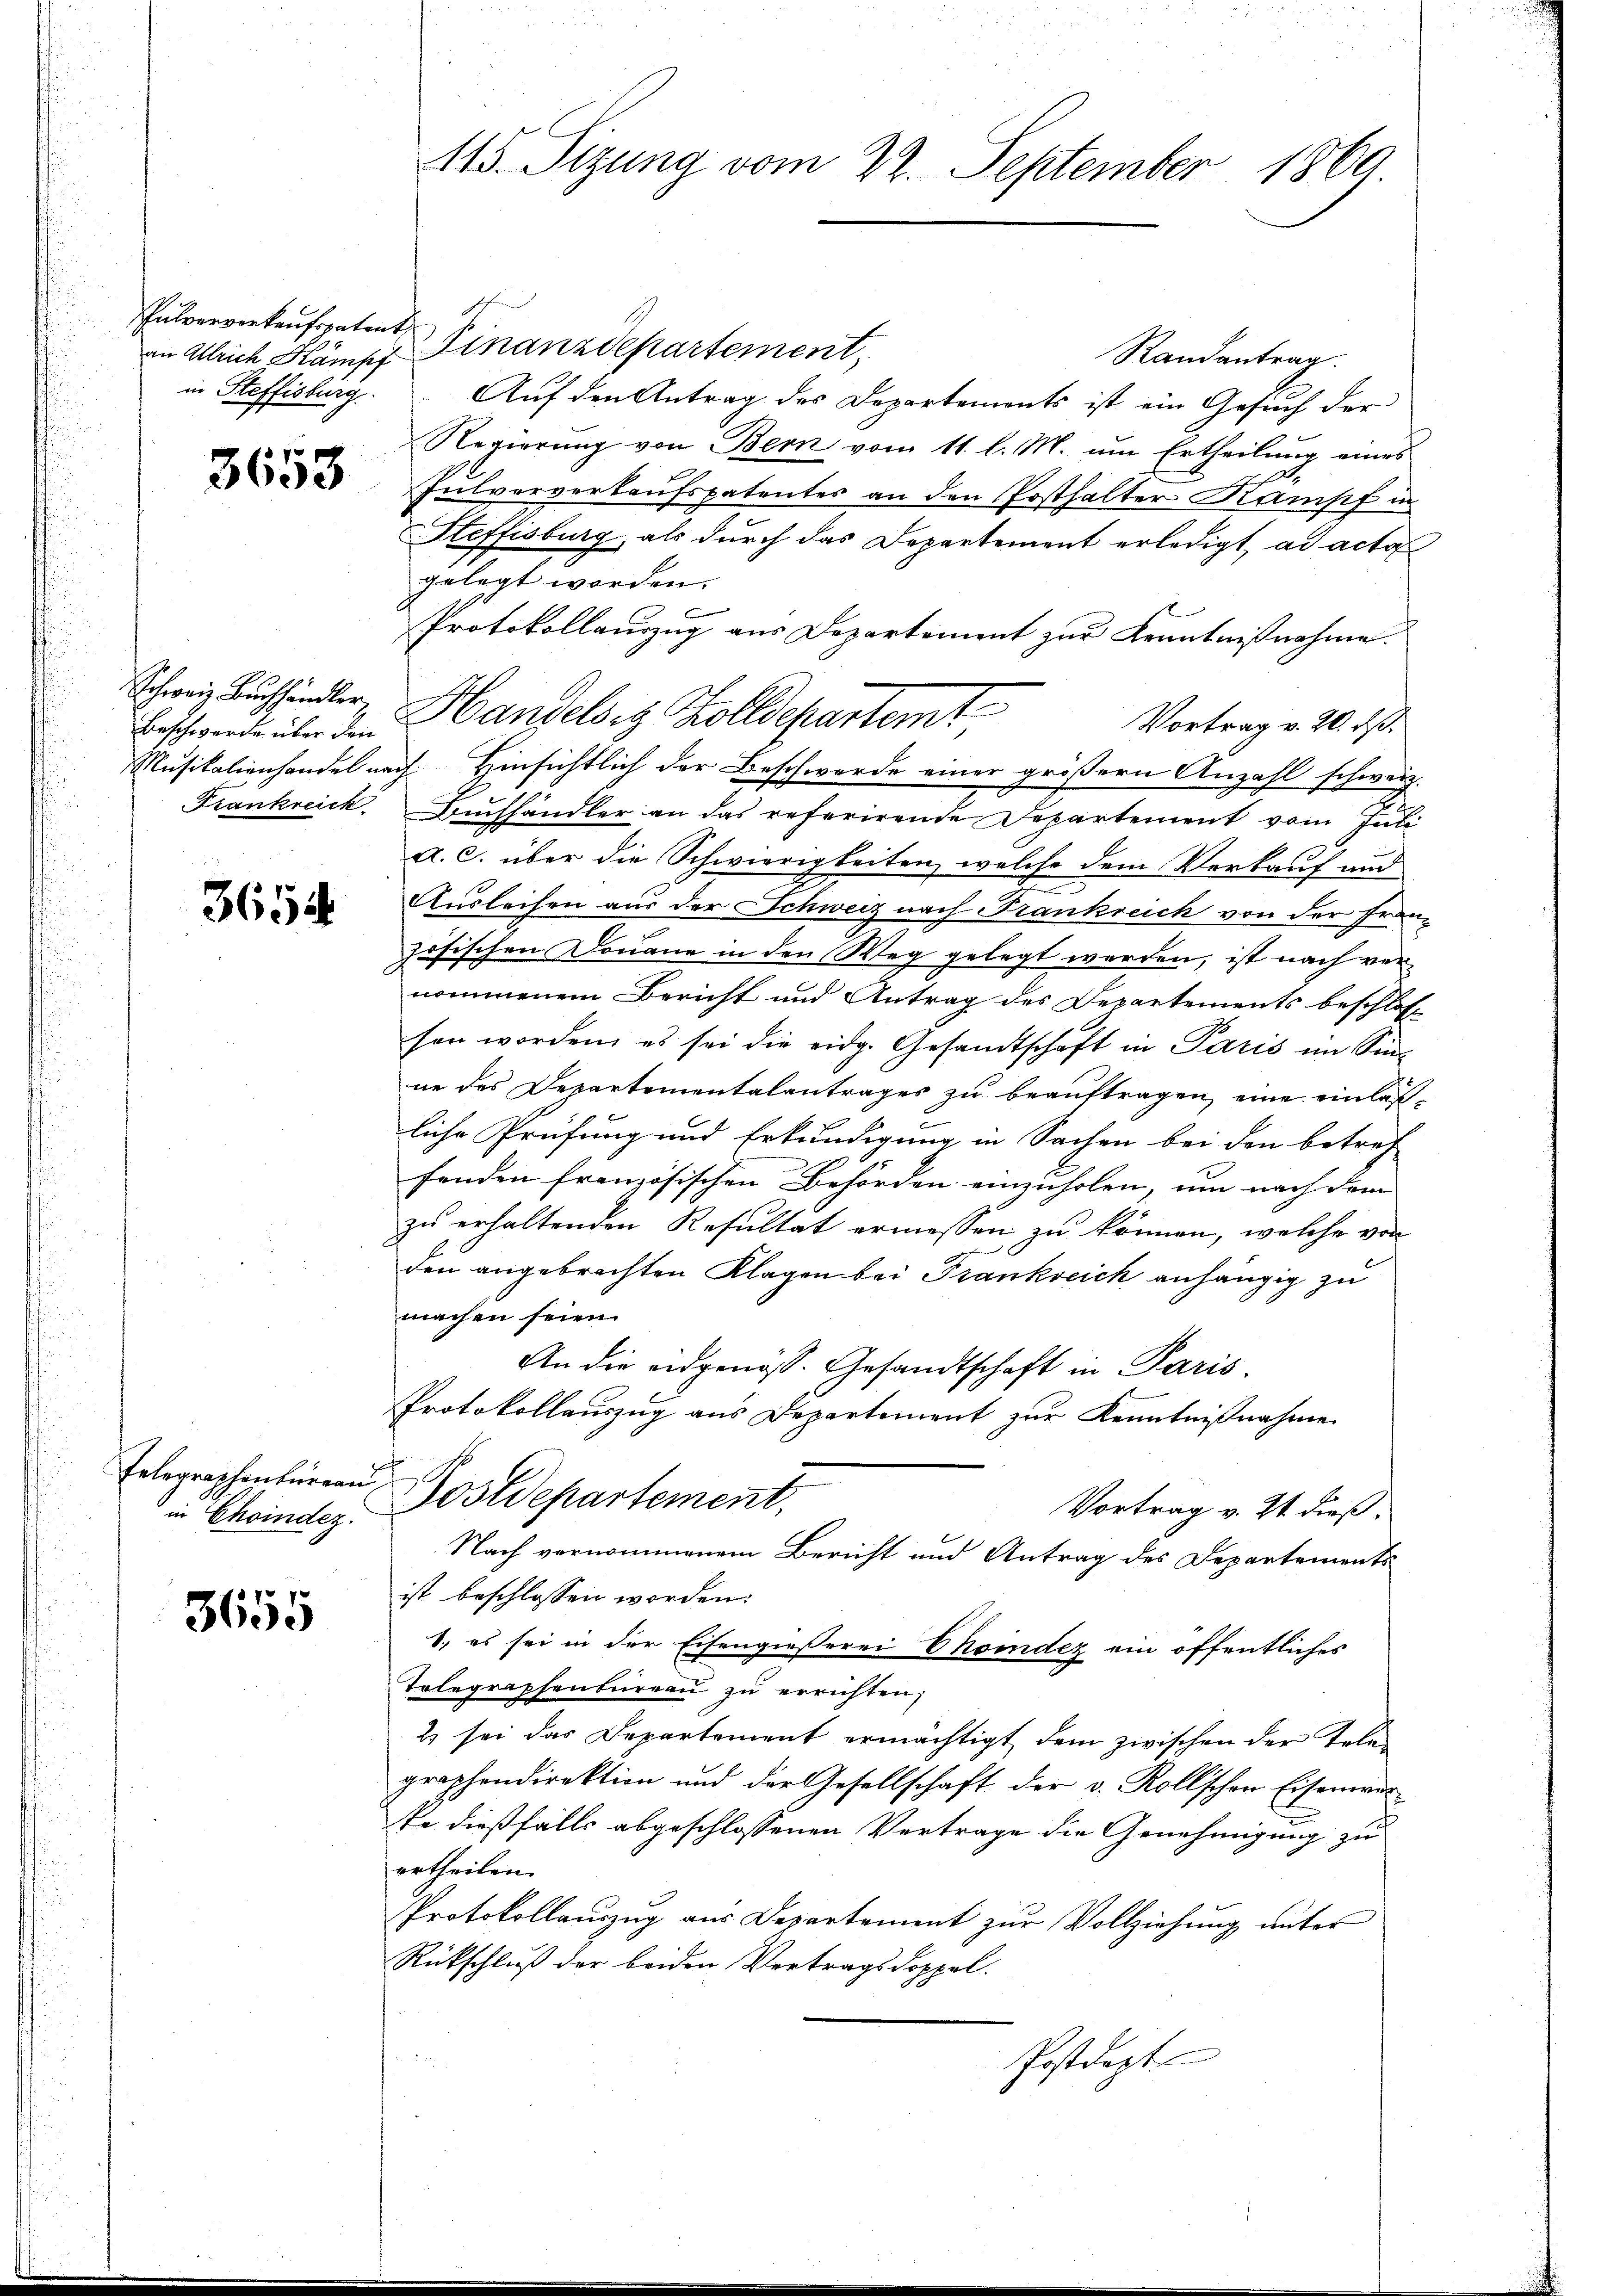
Pulververkaufspatent
in Steffisburg

3653

Beschwerde über den

3654

Felegraphenbürgen?

3655

115. Sizung vom 22. September 1869.

an Alleich Kämpf Finanzdepartement,
Randantrag.
Auf den Antrag des Departements ist ein Gesuch der
Regierŭng von Bern vom 11. l. M. ŭm Ertheilŭng eines
Fulververkaufspatentes an den Posthalter Kampf in
Steffisburg, als durch das Departement erledigt, ad acta
gelegt worden.
Protokollauszug aus Departement zur Kenntnißnahme
Schweiz Buchfindler, Handels es Zolldepartemt
Vortrag v. 20. ds.
Musikalienhandel nach Hinsichtlich der Beschwerde einer größern Anzahl schweiz.
2
Frankreich. Buchhändler an das referirende Departement vom Juli
a. c. über die Schwierigkeiten, welche dem Verkauf auc
Ausleihen aus der Schweiz nach Frankreich von der Französischen Douane in den Weg gelegt werden, ist nach vernommenem Bericht und Antrag des Departements beschlos-
sen worden, es sei die eidg. Gesandtschaft in Paris im Sin
ne des Departementalantrages zu beauftragen, eine einlas-
liche Prüfung und Erkundigung in Sachen bei den betref
fenden französischen Behörden einzuholen, um nach dem |
zu erhaltenden Resultat ermessen zu können, welche von
den angebrachten Klagen bei Frankreich anhängig zu
machen seien.
An die eidgenöss. Gesandtschaft in Paris
Protokollauszug aus Departement zur Kenntnißnahme
in Choindes Postdepartement,
Vortrag v. Zt. dieß¬
Nach vernommenem Bericht und Antrag des Departements
ist beschlossen worden:
1. es sei in der Eisengießerei Choindez ein öffentliches
Telegraphenbüreaŭ zŭ errichten;
2) sei das Departement ermächtigt dem zwischen der Telegraphendirektion und der Gesellschaft der v. Rollschen Eisenwerke dießfalls abgeschlossenen Vertrage die Genehmigung zu
ertheilen.
Protokollauszug aus Departement zur Vollziehung unter
Rückschluß der beiden Vertragsdoppel.
Postdept